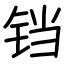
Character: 铛